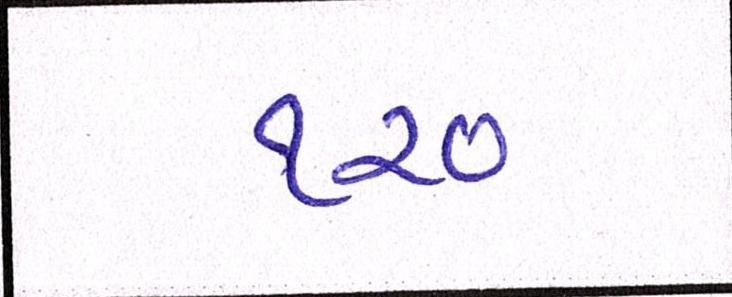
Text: ૧૨૦